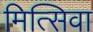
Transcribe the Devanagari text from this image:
मित्सिवा